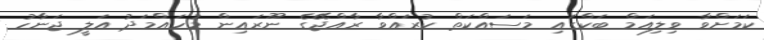
ކަމަށްވާ ވިލިއަމް ބަކްގައި މަސައްކަތް ކުރައްވާ ރާއްޖޭގެ ނޫރައިން މުހައްމަދު އަލީ ޖަނާހު